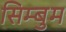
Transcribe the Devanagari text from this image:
सिम्बुम